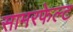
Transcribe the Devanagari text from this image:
सामरफेल्ट